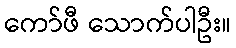
ကော်ဖီ သောက်ပါဦး။